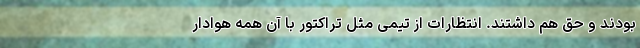
بودند و حق هم داشتند. انتظارات از تیمی مثل تراکتور با آن همه هوادار